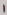
Text: 1